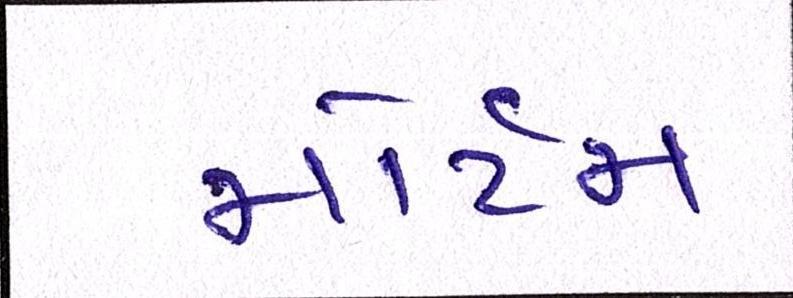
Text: મોર્ટમ